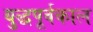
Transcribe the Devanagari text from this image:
युद्धपूर्वकाल